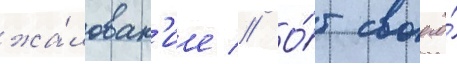
жа́лован'ие // О́т своего́